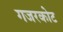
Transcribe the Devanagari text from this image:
गजरकोट